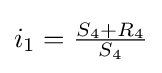
i_{1}={\tfrac {S_{4}+R_{4}}{S_{4}}}